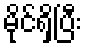
မိုင်ရှိပြီး